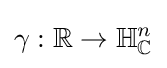
\gamma :\mathbb {R} \to \mathbb {H} _{\mathbb {C} }^{n}